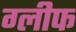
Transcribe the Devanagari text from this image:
ग्लीफ